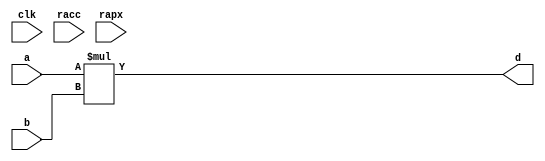
module conf_int_mul__noFF__arch_agnos( clk, racc, rapx, a, b, d);
   parameter OP_BITWIDTH = 16; 
   parameter DATA_PATH_BITWIDTH = 24;
   input clk;
   input racc;
   input rapx;
   input [DATA_PATH_BITWIDTH -1: 0] a;
   input [DATA_PATH_BITWIDTH -1: 0] b;
   output [2*(DATA_PATH_BITWIDTH) - 1 : 0] d;
   assign d = $signed(a) * $signed(b);
endmodule

// *** F:DN multiplier wrapper
//module conf_int_mul__noFF__arch_agnos__w_wrapper( clk, racc, rapx, A_in_to_wrapper, B_in_to_wrapper, d, state, rstP, P, count0);

module conf_int_mul__noFF__arch_agnos__w_wrapper (A_in_to_wrapper, B_in_to_wrapper, state_in_to_wrapper, rstP, clk, racc,rapx, P, count0, state_out_of_wrapper);
   parameter OP_BITWIDTH = 16; //operator bit width
   parameter DATA_PATH_BITWIDTH = 24; //flip flop Bit width
   
   input [DATA_PATH_BITWIDTH -1: 0] A_in_to_wrapper;
   input [DATA_PATH_BITWIDTH -1: 0] B_in_to_wrapper;
   input [8:0] count0;
   input [2:0] state_in_to_wrapper;      
   output [2:0] state_out_of_wrapper;      
   input rstP; 
   input clk;
   input racc; //accurate bits reset  
   input rapx; //apx bits reset
   output [31:0] P; 

   wire [DATA_PATH_BITWIDTH -1: 0] A_in;
   wire [DATA_PATH_BITWIDTH -1 : 0] B_in;
   //wire [2*(DATA_PATH_BITWIDTH) - 1 : 0] d_;
   wire [2*(DATA_PATH_BITWIDTH) - 1 : 0] d_internal;
   wire [DATA_PATH_BITWIDTH -1 : 0] A_in_to_multiply;
   wire [DATA_PATH_BITWIDTH -1 : 0] B_in_to_multiply;
   //.................................................... 
   reg [DATA_PATH_BITWIDTH -1 : 0] a_reg;
   reg [DATA_PATH_BITWIDTH -1 : 0] b_reg;
   reg [31: 0] P_tmp;
   reg [31: 0] c_reg;  
   reg [2:0] state;      
   // *** F:DN combination logic 
   assign A_in = a_reg;
   assign B_in = b_reg;
  
//   assign A_in_to_multiply =  (state == 3'b010) ? (A_in << 8): {A_in[DATA_PATH_BITWIDTH: `OP_BITWIDTH], {(`OP_BITWIDTH){1'b0}}};
//   assign B_in_to_multiply =  (state == 3'b010) ? {B_in[DATA_PATH_BITWIDTH:`OP_BITWIDTH], {(`OP_BITWIDTH){1'b0}}} : {B_in[DATA_PATH_BITWIDTH:`OP_BITWIDTH], {(`OP_BITWIDTH){1'b0}}};
  
   //assign A_in_to_multiply =  (state == 3'b010) ? (A_in << 8): A_in;
   assign A_in_to_multiply =  A_in;
   assign B_in_to_multiply =  B_in;
   assign P = c_reg;
   //assign d_internal = (state == 3'b010) ? (d_internal>>8) : d_internal;
 
   // synopsys dc_script_begin
   //set_dont_touch d_internal
   // synopsys dc_script_end
   //assign d_internal = d_internal;

   conf_int_mul__noFF__arch_agnos #(OP_BITWIDTH, DATA_PATH_BITWIDTH) mul__inst(.clk(clk), .racc(racc), .rapx(rapx), .a(A_in_to_multiply), .b(B_in_to_multiply), .d(d_internal));
   //multiply mul(A_in_to_multiply, B_in_to_multiply, d_internal);

   assign state_out_of_wrapper = state;
   // *** F:DN sequential logic
   always@(posedge clk or posedge racc)
   begin 
       if (racc == 1'b1)begin
           state <= 0;
       end
       else begin
          state <= state_in_to_wrapper; 
       end
   end
   
   always@(posedge clk or posedge racc)
   begin
       if (racc == 1'b1)begin
//           a_reg[DATA_PATH_BITWIDTH -1: DATA_PATH_BITWIDTH - OP_BITWIDTH] <= 0;
//           b_reg[DATA_PATH_BITWIDTH -1: DATA_PATH_BITWIDTH - OP_BITWIDTH] <= 0;
           a_reg <= 0;
           b_reg <= 0;
       end
       else begin 
           if (state == 3'b001 && count0 == 9'd63) begin
               a_reg[DATA_PATH_BITWIDTH -1 : DATA_PATH_BITWIDTH - OP_BITWIDTH + 8] <= A_in_to_wrapper[DATA_PATH_BITWIDTH -1 : DATA_PATH_BITWIDTH - OP_BITWIDTH];
               b_reg[DATA_PATH_BITWIDTH -1 : DATA_PATH_BITWIDTH - OP_BITWIDTH] <= B_in_to_wrapper[DATA_PATH_BITWIDTH -1 : DATA_PATH_BITWIDTH - OP_BITWIDTH];
           end
           else if (state == 3'b010)begin
               if (state_in_to_wrapper != 3'b011) begin  
                   a_reg[DATA_PATH_BITWIDTH -1 : DATA_PATH_BITWIDTH - OP_BITWIDTH + 8] <= A_in_to_wrapper[DATA_PATH_BITWIDTH -1 : DATA_PATH_BITWIDTH - OP_BITWIDTH];
                   b_reg[DATA_PATH_BITWIDTH -1 : DATA_PATH_BITWIDTH - OP_BITWIDTH] <= B_in_to_wrapper[DATA_PATH_BITWIDTH -1 : DATA_PATH_BITWIDTH - OP_BITWIDTH];
               end
               else begin
                   a_reg[DATA_PATH_BITWIDTH -1 : DATA_PATH_BITWIDTH - OP_BITWIDTH + 8] <= A_in_to_wrapper[DATA_PATH_BITWIDTH -1 : DATA_PATH_BITWIDTH - OP_BITWIDTH];
                   b_reg[DATA_PATH_BITWIDTH -1 : DATA_PATH_BITWIDTH - OP_BITWIDTH] <= B_in_to_wrapper[DATA_PATH_BITWIDTH -1 : DATA_PATH_BITWIDTH - OP_BITWIDTH];
               end
           end
           else if 
               ((state == 3'b011) || (state == 3'b100)) begin
           a_reg[DATA_PATH_BITWIDTH -1: DATA_PATH_BITWIDTH - OP_BITWIDTH] <= A_in_to_wrapper[DATA_PATH_BITWIDTH -1 : DATA_PATH_BITWIDTH - OP_BITWIDTH];
           b_reg[DATA_PATH_BITWIDTH -1: DATA_PATH_BITWIDTH - OP_BITWIDTH] <= B_in_to_wrapper[DATA_PATH_BITWIDTH -1 : DATA_PATH_BITWIDTH - OP_BITWIDTH];
           end
      
           if ((state == 3'b001 && count0 == 9'd63))
           begin
               if (rapx == 1'b1 && ~(racc))begin  
                   //A[DATA_PATH_BITWIDTH:a1_cut] <= A_in_to_wrapper; //commented out since a1_cut is set to be zero all the time
                   a_reg[DATA_PATH_BITWIDTH - OP_BITWIDTH -1 + 8 :0] <= ({A_in_to_wrapper[DATA_PATH_BITWIDTH - OP_BITWIDTH -1 :0], 8'b0});
                   b_reg[DATA_PATH_BITWIDTH - OP_BITWIDTH -1 :0] <= 0;//{(OP_BITWIDTH){1'b0}};
               end
               else begin
                   //A[h:a1_cut] <= A_in_to_wrapper; //commented out since a1_cut is always set to zero
                   a_reg[DATA_PATH_BITWIDTH - OP_BITWIDTH -1 + 8 :0] <= {A_in_to_wrapper[DATA_PATH_BITWIDTH - OP_BITWIDTH -1 :0], 8'b0};
                   b_reg[DATA_PATH_BITWIDTH - OP_BITWIDTH -1 :0] <= B_in_to_wrapper[DATA_PATH_BITWIDTH - OP_BITWIDTH -1 :0];
               end       
           end
           else if (state == 3'b010) begin
               if (state_in_to_wrapper != 3'b011) begin 
                   if (rapx == 1'b1 && ~(racc))begin  
                       //A[DATA_PATH_BITWIDTH:a1_cut] <= A_in_to_wrapper; //commented out since a1_cut is set to be zero all the time
                       a_reg[DATA_PATH_BITWIDTH - OP_BITWIDTH -1 + 8 :0] <= ({A_in_to_wrapper[DATA_PATH_BITWIDTH - OP_BITWIDTH -1 :0],  8'b0});
                       b_reg[DATA_PATH_BITWIDTH - OP_BITWIDTH -1 :0] <= 0;//{(OP_BITWIDTH){1'b0}};
                   end
                   else begin
                       //A[h:a1_cut] <= A_in_to_wrapper; //commented out since a1_cut is always set to zero
                       a_reg[DATA_PATH_BITWIDTH - OP_BITWIDTH -1 + 8 :0] <= {A_in_to_wrapper[DATA_PATH_BITWIDTH - OP_BITWIDTH -1 :0], 8'b0};
                       b_reg[DATA_PATH_BITWIDTH - OP_BITWIDTH -1 :0] <= B_in_to_wrapper[DATA_PATH_BITWIDTH - OP_BITWIDTH -1 :0];
                   end
               end
               else begin 
                   if (rapx == 1'b1 && ~(racc))begin  
                       //A[DATA_PATH_BITWIDTH:a1_cut] <= A_in_to_wrapper; //commented out since a1_cut is set to be zero all the time
                       a_reg[DATA_PATH_BITWIDTH - OP_BITWIDTH -1 +8  :0] <= {A_in_to_wrapper[DATA_PATH_BITWIDTH - OP_BITWIDTH -1 :0], 8'b0};
                       b_reg[DATA_PATH_BITWIDTH - OP_BITWIDTH -1 :0] <= 0;//{(OP_BITWIDTH){1'b0}};
                   end
                   else begin
                       //A[h:a1_cut] <= A_in_to_wrapper; //commented out since a1_cut is always set to zero
                       a_reg[DATA_PATH_BITWIDTH - OP_BITWIDTH -1 +8  :0] <= {A_in_to_wrapper[DATA_PATH_BITWIDTH - OP_BITWIDTH -1 :0], 8'b0};
                       b_reg[DATA_PATH_BITWIDTH - OP_BITWIDTH -1 :0] <= B_in_to_wrapper[DATA_PATH_BITWIDTH - OP_BITWIDTH -1 :0];
                   end
               end
           end
           else if ((state == 3'b011) ||
               (state == 3'b100))begin
               if (rapx == 1'b1 && ~(racc))begin  
                   a_reg[DATA_PATH_BITWIDTH - OP_BITWIDTH -1 :0] <=  0;// {(OP_BITWIDTH){1'b0}};
                   b_reg[DATA_PATH_BITWIDTH - OP_BITWIDTH -1 :0] <= 0;//{(OP_BITWIDTH){1'b0}};
               end
               else begin
                   a_reg[DATA_PATH_BITWIDTH - OP_BITWIDTH -1 :0] <=  A_in_to_wrapper[DATA_PATH_BITWIDTH - OP_BITWIDTH - 1: 0];
                   b_reg[DATA_PATH_BITWIDTH - OP_BITWIDTH - 1 :0] <= B_in_to_wrapper[DATA_PATH_BITWIDTH - OP_BITWIDTH -1 :0];

               end
           end
       end
   end
  /*
  always@(posedge clk)
  begin
       if (racc == 1'b1)begin
           a_reg [DATA_PATH_BITWIDTH - OP_BITWIDTH -1 :0]<= 0;
           b_reg [DATA_PATH_BITWIDTH - OP_BITWIDTH -1 :0]<= 0;
       end
       else  if ((state == 3'b001 && count0 == 9'd63))
          begin
          if (rapx == 1'b1 && ~(racc))begin  
              //A[DATA_PATH_BITWIDTH:a1_cut] <= A_in_to_wrapper; //commented out since a1_cut is set to be zero all the time
              a_reg[DATA_PATH_BITWIDTH - OP_BITWIDTH -1 + 8 :0] <= ({A_in_to_wrapper[DATA_PATH_BITWIDTH - OP_BITWIDTH -1 :0], 8'b0});
              b_reg[DATA_PATH_BITWIDTH - OP_BITWIDTH -1 :0] <= 0;//{(OP_BITWIDTH){1'b0}};
          end
          else begin
              //A[h:a1_cut] <= A_in_to_wrapper; //commented out since a1_cut is always set to zero
              a_reg[DATA_PATH_BITWIDTH - OP_BITWIDTH -1 + 8 :0] <= {A_in_to_wrapper[DATA_PATH_BITWIDTH - OP_BITWIDTH -1 :0], 8'b0};
              b_reg[DATA_PATH_BITWIDTH - OP_BITWIDTH -1 :0] <= B_in_to_wrapper[DATA_PATH_BITWIDTH - OP_BITWIDTH -1 :0];
          end       
      end
      else if (state == 3'b010) begin
          if (state_in_to_wrapper != 3'b011) begin 
              if (rapx == 1'b1 && ~(racc))begin  
                  //A[DATA_PATH_BITWIDTH:a1_cut] <= A_in_to_wrapper; //commented out since a1_cut is set to be zero all the time
                  a_reg[DATA_PATH_BITWIDTH - OP_BITWIDTH -1 + 8 :0] <= ({A_in_to_wrapper[DATA_PATH_BITWIDTH - OP_BITWIDTH -1 :0],  8'b0});
                  b_reg[DATA_PATH_BITWIDTH - OP_BITWIDTH -1 :0] <= 0;//{(OP_BITWIDTH){1'b0}};
              end
              else begin
                  //A[h:a1_cut] <= A_in_to_wrapper; //commented out since a1_cut is always set to zero
                  a_reg[DATA_PATH_BITWIDTH - OP_BITWIDTH -1 + 8 :0] <= {A_in_to_wrapper[DATA_PATH_BITWIDTH - OP_BITWIDTH -1 :0], 8'b0};
                  b_reg[DATA_PATH_BITWIDTH - OP_BITWIDTH -1 :0] <= B_in_to_wrapper[DATA_PATH_BITWIDTH - OP_BITWIDTH -1 :0];
              end
          end
          else begin 
              if (rapx == 1'b1 && ~(racc))begin  
                  //A[DATA_PATH_BITWIDTH:a1_cut] <= A_in_to_wrapper; //commented out since a1_cut is set to be zero all the time
                  a_reg[DATA_PATH_BITWIDTH - OP_BITWIDTH -1  :0] <= A_in_to_wrapper[DATA_PATH_BITWIDTH - OP_BITWIDTH -1 :0];
                  b_reg[DATA_PATH_BITWIDTH - OP_BITWIDTH -1 :0] <= 0;//{(OP_BITWIDTH){1'b0}};
              end
              else begin
                  //A[h:a1_cut] <= A_in_to_wrapper; //commented out since a1_cut is always set to zero
                  a_reg[DATA_PATH_BITWIDTH - OP_BITWIDTH -1 :0] <= A_in_to_wrapper[DATA_PATH_BITWIDTH - OP_BITWIDTH -1 :0];
                  b_reg[DATA_PATH_BITWIDTH - OP_BITWIDTH -1 :0] <= B_in_to_wrapper[DATA_PATH_BITWIDTH - OP_BITWIDTH -1 :0];
              end
          end
      end
      else if ((state == 3'b011) ||
          (state == 3'b100))begin
          if (rapx == 1'b1 && ~(racc))begin  
              a_reg[DATA_PATH_BITWIDTH - OP_BITWIDTH -1 :0] <=  0;// {(OP_BITWIDTH){1'b0}};
              b_reg[DATA_PATH_BITWIDTH - OP_BITWIDTH -1 :0] <= 0;//{(OP_BITWIDTH){1'b0}};
          end
          else begin
              a_reg[DATA_PATH_BITWIDTH - OP_BITWIDTH -1 :0] <=  A_in_to_wrapper[DATA_PATH_BITWIDTH - OP_BITWIDTH - 1: 0];
              b_reg[DATA_PATH_BITWIDTH - OP_BITWIDTH - 1 :0] <= B_in_to_wrapper[DATA_PATH_BITWIDTH - OP_BITWIDTH -1 :0];

          end
      end
  end
*/
   always@(posedge clk)
   begin
       if (rstP == 1'b1) begin
           c_reg <= 32'b0;
       end
       else if (state ==  3'b010)begin
           //P_tmp[31:0] = ({{3{d_internal[31+8]}}, d_internal[31+8:3+8]});
           P_tmp[31:0] = d_internal[31+8:8];
           c_reg <= P_tmp;
       end
       else begin
           c_reg[31:0] <= d_internal[39:8];
           //c_reg[31:0] <= {{3{d_internal[39]}}, d_internal[39:11]};
       end
   end

endmodule